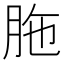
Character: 胣